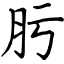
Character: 肟